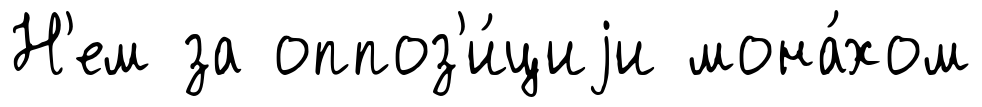
Н'ем за оппоз'и́циjи мона́хом